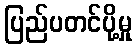
ပြည်ပတင်ပို့မှု